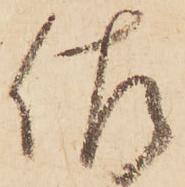
佐